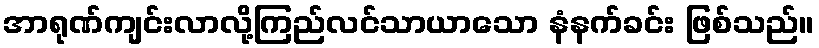
အာရုဏ်ကျင်းလာလို့ကြည်လင်သာယာသော နံနက်ခင်း ဖြစ်သည်။